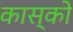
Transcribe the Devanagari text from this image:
कास्को